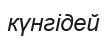
күнгідей